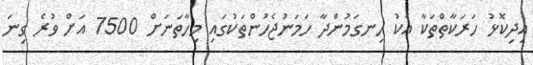
އިދިކޮޅު ހަރަކާތްތަކާ އެކު ހިނގަމުންދާ ހަމަނުޖެހުންތަކުގައި މިހާތަނަށް 7500 އަށް ވުރެ ގިނަ